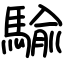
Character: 騟